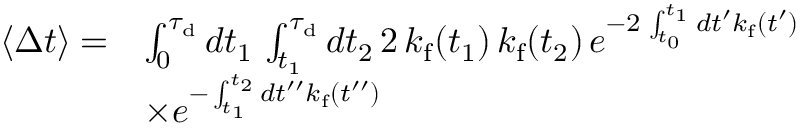
\begin{array} { r l } { \langle \Delta t \rangle = } & { \int _ { 0 } ^ { \tau _ { \mathrm { d } } } d t _ { 1 } \, \int _ { t _ { 1 } } ^ { \tau _ { \mathrm { d } } } d t _ { 2 } \, 2 \, k _ { \mathrm { f } } ( t _ { 1 } ) \, k _ { \mathrm { f } } ( t _ { 2 } ) \, e ^ { - 2 \, \int _ { t _ { 0 } } ^ { t _ { 1 } } d t ^ { \prime } k _ { \mathrm { f } } ( t ^ { \prime } ) } } \\ & { \times e ^ { - \int _ { t _ { 1 } } ^ { t _ { 2 } } d t ^ { \prime \prime } k _ { \mathrm { f } } ( t ^ { \prime \prime } ) } } \end{array}